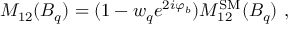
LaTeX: M _ { 1 2 } ( B _ { q } ) = ( 1 - w _ { q } e ^ { 2 i \varphi _ { b } } ) M _ { 1 2 } ^ { \mathrm { S M } } ( B _ { q } ) \ ,